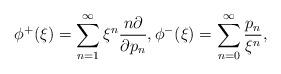
LaTeX: \begin{align*}\phi^+(\xi)=\sum_{n=1}^{\infty}\xi^n \frac{n\partial}{\partial p_n},\phi^-(\xi)=\sum_{n=0}^{\infty}\frac{p_n}{\xi^n},\end{align*}